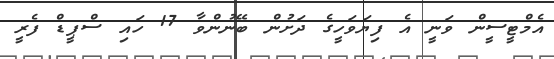
އެމްޓީސީން ވަނީ އެ ފިޔަވަހީގެ ދަށުން ބޭނުންވާ 17 ހައި ސްޕީޑް ފެރީ